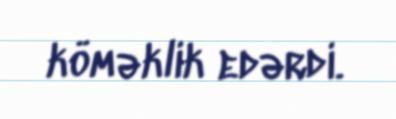
köməklik edərdi.